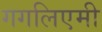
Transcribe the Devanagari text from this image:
गगलिएमी